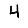
Digit: 4